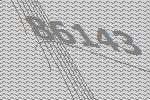
86143